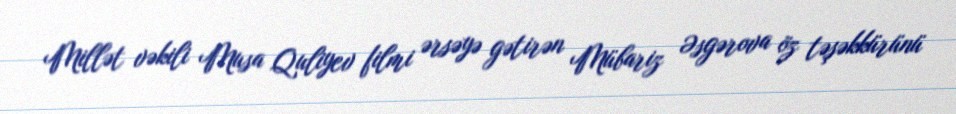
Millət vəkili Musa Quliyev filmi ərsəyə gətirən Mübariz Əsgərova öz təşəkkürünü